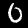
Digit: 0